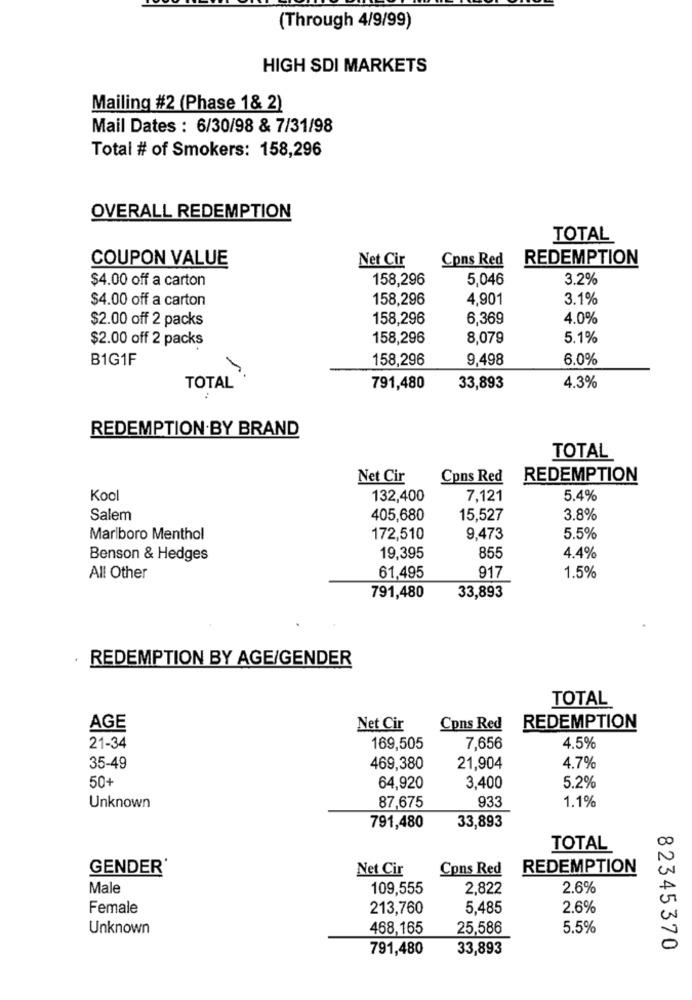
(Through 4/9/99)
HIGH SDI MARKETS
Mailing #2 (Phase 1& 2)
Mail Dates : 6/30/98 & 7/31/98
Total # of Smokers: 158,296
OVERALL REDEMPTION
TOTAL
COUPON VALUE
Net Cir
Cons Red
REDEMPTION
$4.00 off a carton
158,296
5,046
3.2%
$4.00 off a carton
158,296
4.901
3.1%
$2.00 off 2 packs
158,296
6,369
4.0%
$2.00 off 2 packs
158,296
8,079
5.1%
B1G1F
158,296
9,498
6.0%
TOTAL
791,480
33,893
4.3%
REDEMPTION BY BRAND
TOTAL
Net Cir
Cons Red
REDEMPTION
Kool
132,400
7,121
5.4%
Salem
405,680
15,527
3.8%
Marlboro Menthol
172,510
9,473
5.5%
Benson & Hedges
19,395
855
4.4%
917
All Other
61,495
1.5%
791,480
33,893
REDEMPTION BY AGE/GENDER
TOTAL
AGE
Net Cir
Cons Red
REDEMPTION
21-34
169,505
7,656
4.5%
35-49
469,380
21,904
4.7%
50+
64,920
3,400
5.2%
933
1.1%
Unknown
87,675
791,480
33,893
TOTAL
GENDER'
Net Cir
Cons Red
REDEMPTION
Male
109,555
2,822
2.6%
Female
213,760
5,485
2.6%
Unknown
468,165
25,586
5.5%
791,480
33,893
82345370